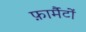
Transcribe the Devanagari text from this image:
फ़ार्मैटों